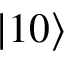
\left| 1 0 \right>